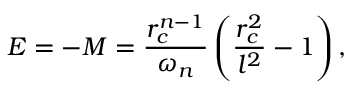
E = - M = \frac { r _ { c } ^ { n - 1 } } { \omega _ { n } } \left( \frac { r _ { c } ^ { 2 } } { l ^ { 2 } } - 1 \right) ,